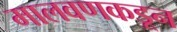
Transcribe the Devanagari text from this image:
मालवणकडून